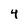
Character: 4